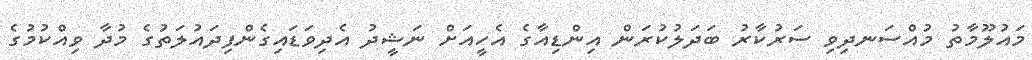
މައުލޫމާތު މުއްސަނދިވި ސަރުކާރު ބަދަލުކުރަން އިންޑިއާގެ އެހީއަށް ނަޝީދު އެދިވަޑައިގެންފިދައުލަތުގެ މުދާ ވިއްކުމުގެ